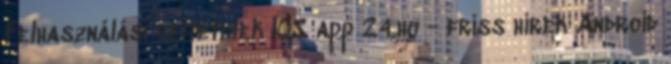
Felhasználási feltételek IOS app 24.hu - friss hírek Android